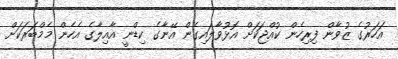
އަހަރުގެ ޒުވާން ފިރިހެން ކުއްޖަކަށް އޮޅުވާލައިގެން އޭނާގެ ކިޑްނީ އާއިލާގެ އެހެން މެމްބަރަކަށް